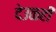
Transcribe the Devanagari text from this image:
देउळही